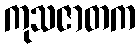
ကုသဇာတက